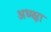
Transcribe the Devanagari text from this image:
अध्य्क्षा